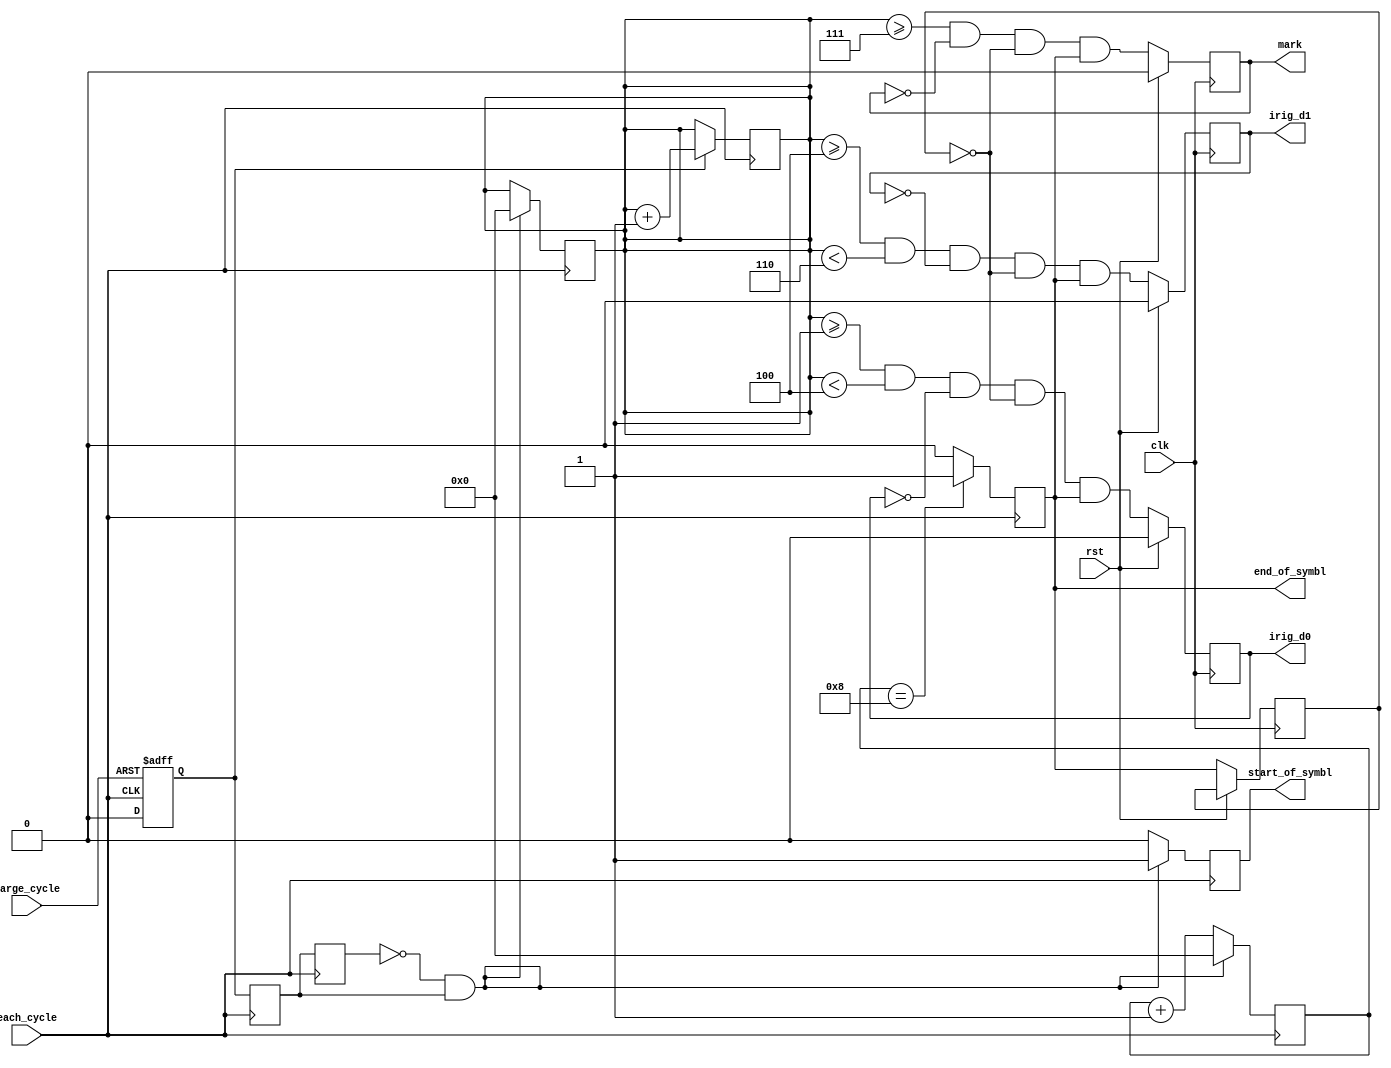
module irig_symbol_decode(
    input each_cycle,
    input large_cycle,
    input clk,
    input rst,
    output reg start_of_symbl,
    output reg end_of_symbl,
    output reg mark,
    output reg irig_d0,
    output reg irig_d1
    );
    
    // defining regsisters
    reg [4:0] lc_frame;
    reg [3:0] count; //for counting lc pulsestyle_ondetect
    reg [3:0]lc_count; //for decoding 
    reg [3:0] ec_count;
    reg lc_previous,lc_current;
    reg lc_bit;
    reg pre_end_sym;
    
    
    //sr latch of lc and ec
    always@(posedge large_cycle or posedge each_cycle)
    begin
    if(large_cycle ==1)
    begin
    lc_bit <=1;
    end
    else
    begin
    if(each_cycle ==1)
     lc_bit <=0;
    end
    end
    
    // previous lc ,present lc
    
    always@(negedge each_cycle)
    begin
    
    lc_previous <= lc_current;
    lc_current <= lc_bit;
    /*if(lc_current==0 && lc_bit ==1)
    begin
    lc_count <=0;
    end
    */
    
    if(lc_bit)
    begin
    lc_count <= lc_count + 1;
    lc_frame[ec_count] <= 1;
    
    end
    else
    begin
    lc_frame[ec_count] <= 0;
    end
    
    end
    
    always@(posedge each_cycle)
    begin
      if(lc_previous == 0 && lc_current ==1)
      begin
      start_of_symbl <= 1;
      ec_count <= 0; //actually one 
      lc_count <=0; //this gives sythesis error
      end
      else
      begin
      start_of_symbl <= 0;
      ec_count <=ec_count +1;
      end
      if(ec_count ==8)
      begin
      end_of_symbl <= 1;
      end
      else
        end_of_symbl <= 0;
    end
    
    always@(posedge clk)
    begin
    if(rst)
    begin
    mark <= 0;
    irig_d1 <= 0;
    irig_d0 <= 0;
    end
    else
    begin
    
   
    mark <= (lc_count >=7)&& !mark && !pre_end_sym  && end_of_symbl ;
    irig_d1 <= (lc_count >=4)&&(lc_count <6)&& !irig_d1 && !pre_end_sym  && end_of_symbl;
    irig_d0 <= (lc_count >=1)&&(lc_count <4)&& ! irig_d0 && !pre_end_sym  && end_of_symbl;
    
    pre_end_sym <= end_of_symbl;
    
    end
    end
endmodule